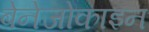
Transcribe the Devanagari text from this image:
बेनेजोकाइन